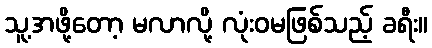
သူ့အဖို့တော့ မလာလို့ လုံးဝမဖြစ်သည့် ခရီး။